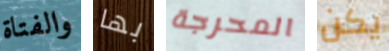
والفتاة بها المحرجة يكن